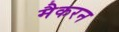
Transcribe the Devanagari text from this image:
मैकरन